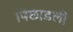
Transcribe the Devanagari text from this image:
पिछाडली